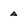
Character: A